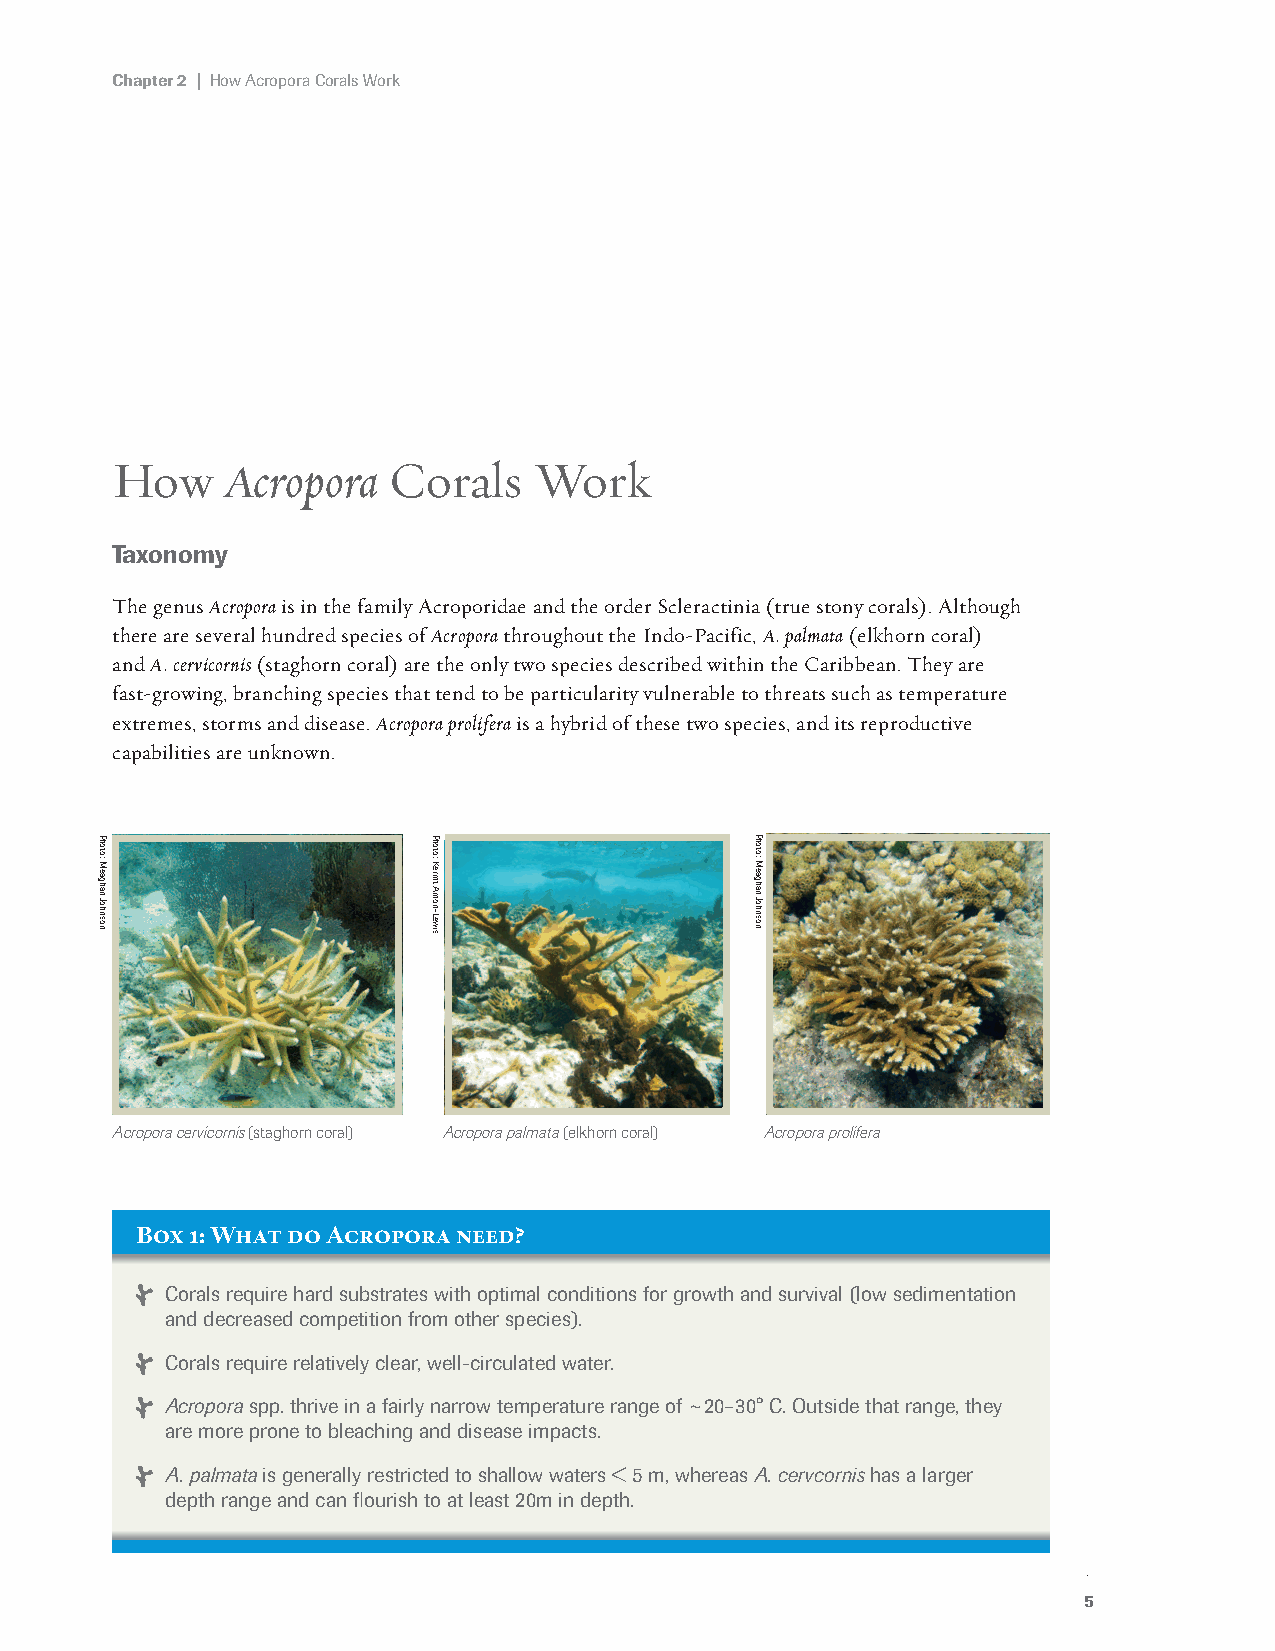
Chapter 2 | How Acropora Corals Work
 How     Acropora   Corals   Work
 Taxonomy
 The genus Acropora is in the family Acroporidae and the order Scleractinia (true stony corals). Although
 there are several hundred species of Acropora throughout the Indo-Pacific, A. palmata (elkhorn coral)
 and A. cervicornis (staghorn coral) are the only two species described within the Caribbean. They are
 fast-growing, branching species that tend to be particularity vulnerable to threats such as temperature
 extremes, storms and disease. Acropora prolifera is a hybrid of these two species, and its reproductive
 capabilities are unknown.
 Acropora cervicornis (staghorn coral) Acropora palmata (elkhorn coral) Acropora prolifera
 Box 1: What do Acropora need?
 Corals require hard substrates with optimal conditions for growth and survival (low sedimentation
 and decreased competition from other species).
 Corals require relatively clear, well-circulated water.
 Acropora spp. thrive in a fairly narrow temperature range of ~20–30° C. Outside that range, they
 are more prone to bleaching and disease impacts.
 A. palmata is generally restricted to shallow waters < 5 m, whereas A. cervcornis has a larger
 depth range and can flourish to at least 20m in depth.
 5
 Photo:
 Meaghan
 Johnson
 Photo:
 Kermit
 Amon-Lewis
 Photo:
 Meaghan
 Johnson